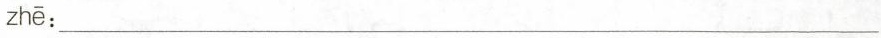
zhē:___